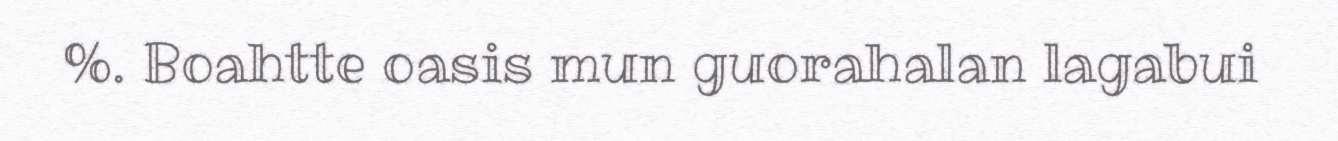
%. Boahtte oasis mun guorahalan lagabui